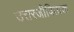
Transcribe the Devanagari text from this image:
उत्तरजीविताक